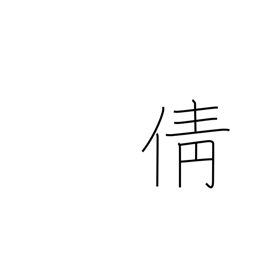
Meaning: profoundly